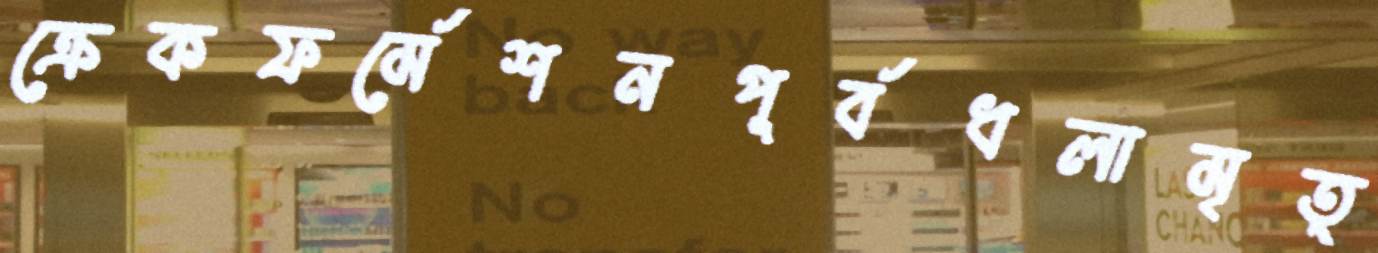
ক্রেকফর্মেশনপূর্বধলামৃত্